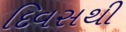
દિવસથી